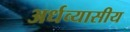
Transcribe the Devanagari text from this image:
अर्धव्यासीय